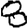
Digit: 8